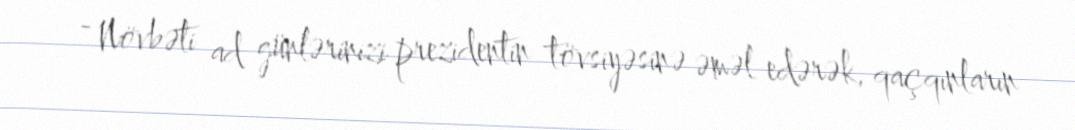
- Növbəti ad günlərinizi prezidentin tövsiyəsinə əməl edərək, qaçqınların